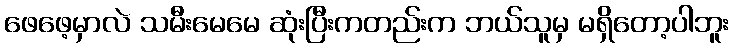
ဖေဖေ့မှာလဲ သမီးမေမေ ဆုံးပြီးကတည်းက ဘယ်သူမှ မရှိတော့ပါဘူး